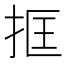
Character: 𢬤